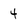
Character: 4